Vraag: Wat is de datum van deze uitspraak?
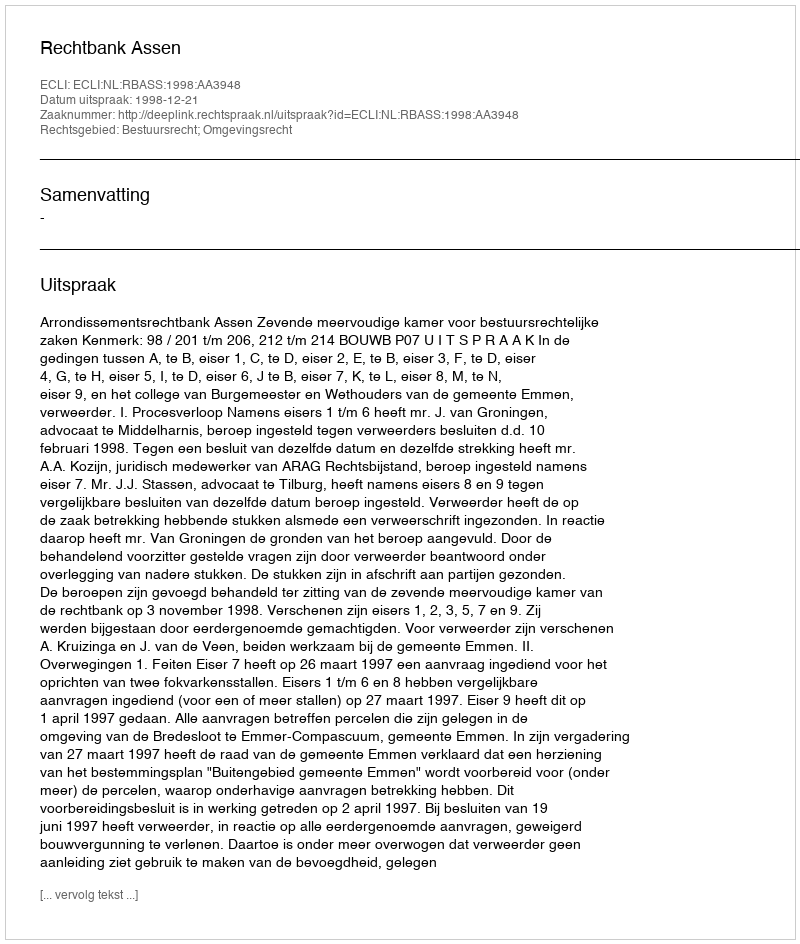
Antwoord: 1998-12-21